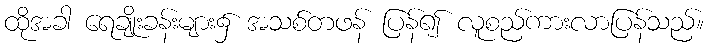
ထိုအခါ ရေချိုးခန်းများ၌ အသစ်တဖန် ပြန်၍ လူစည်ကားလာပြန်သည်။